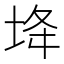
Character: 鿍